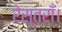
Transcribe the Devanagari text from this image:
रेस्तराँ।